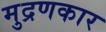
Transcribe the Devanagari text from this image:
मुद्रणकार